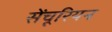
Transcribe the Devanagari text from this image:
सेंचूरियन